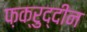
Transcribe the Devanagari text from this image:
फ़क्रुद्दीन